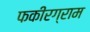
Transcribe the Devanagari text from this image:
फकीरग्राम